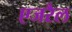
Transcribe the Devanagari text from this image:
एजरैल